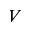
V